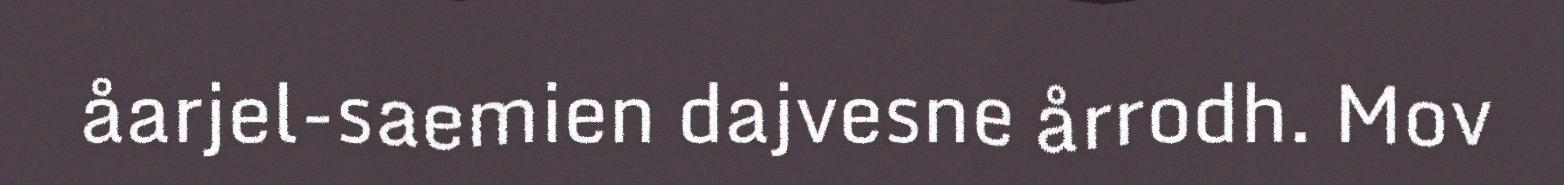
åarjel-saemien dajvesne årrodh. Mov